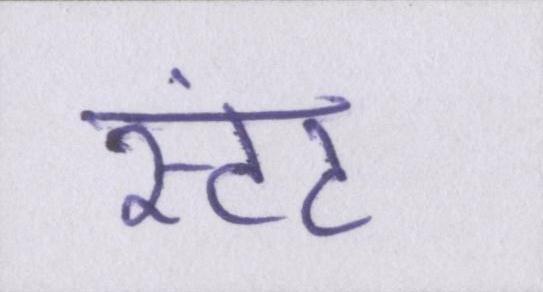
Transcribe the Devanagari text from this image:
स्टंट